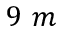
9 ~ m